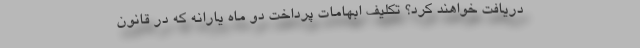
دریافت خواهند کرد؟ تکلیف ابهامات پرداخت دو ماه یارانه که در قانون